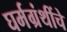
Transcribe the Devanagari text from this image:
घर्मग्रंथींचे